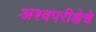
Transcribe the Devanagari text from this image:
अश्वपरीक्षेचे